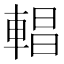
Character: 𨍆